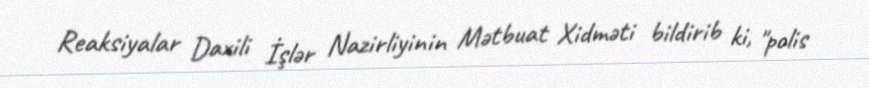
Reaksiyalar Daxili İşlər Nazirliyinin Mətbuat Xidməti bildirib ki, "polis